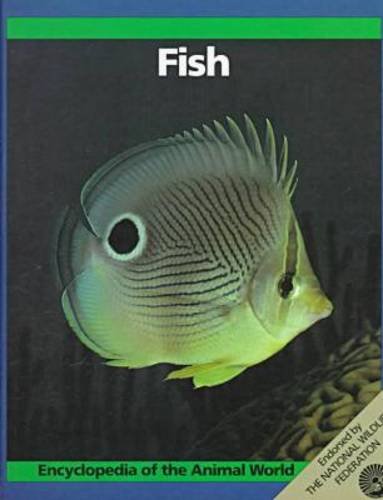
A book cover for Fish (Encyclopedia of the Animal World); Linda Losito; Sports & Outdoors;